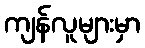
ကျန်လူများမှာ